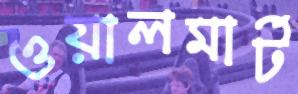
ওয়ালমার্ট